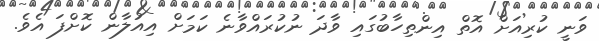
ވަނީ ކުރިއަށް އޮތް އިންތިހާބުގައި ވާދަ ނުކުރައްވާނެ ކަމަށް އިއުލާން ކޮށްފަ އެވެ.